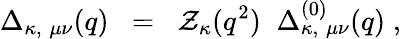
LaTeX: \Delta_{\kappa,\; \mu\nu}(q)\; \; =\; \; {\cal Z}_{\kappa}(q^{2})\; \; \Delta_{\kappa,\; \mu\nu}^{(0)}(q)\; ,